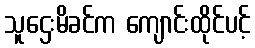
သူဌေးမိခင်က ကျောင်းထိုင်ပင့်